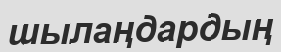
шылаңдардың